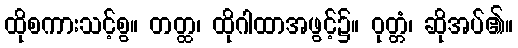
ထိုစကားသင့်စွ။ တတ္ထ၊ ထိုဂါထာအဖွင့်၌။ ဝုတ္တံ၊ ဆိုအပ်၏။